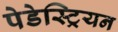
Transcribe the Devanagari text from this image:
पेडेस्ट्रियन